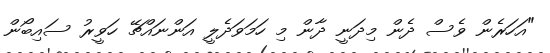
"އަހަރެން ވެސް ދެން މިދަނީ ދާން މި ހަމަވަދެލީ އަންނައްޗޭ ހަވީރު ސައިބޯން